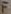
Text: F